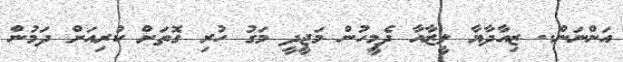
އަންނަން.. ޒިއާދާޔާ ލީޒާއާ ދެމީހުން މަޖީދީ މަގު ހުރި ގޮތަށް ކުރިއަށް ދަމުން